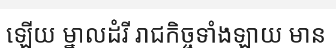
ឡើយ ម្នាលដំរី រាជកិច្ចទាំងឡាយ មាន